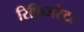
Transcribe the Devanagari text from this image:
रिफ़िजरेटर